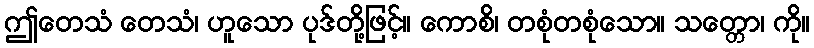
ဤတေသံ တေသံ၊ ဟူသော ပုဒ်တို့ဖြင့်။ ကောစိ၊ တစုံတစုံသော။ သတ္တော၊ ကို။